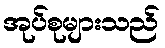
အုပ်စုများသည်